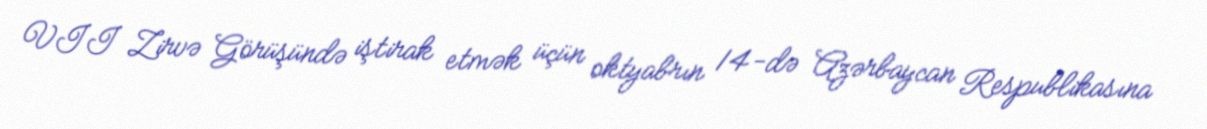
VII Zirvə Görüşündə iştirak etmək üçün oktyabrın 14-də Azərbaycan Respublikasına